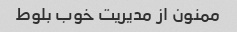
ممنون از مدیریت خوب بلوط